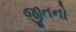
જીતનો